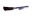
Text: -